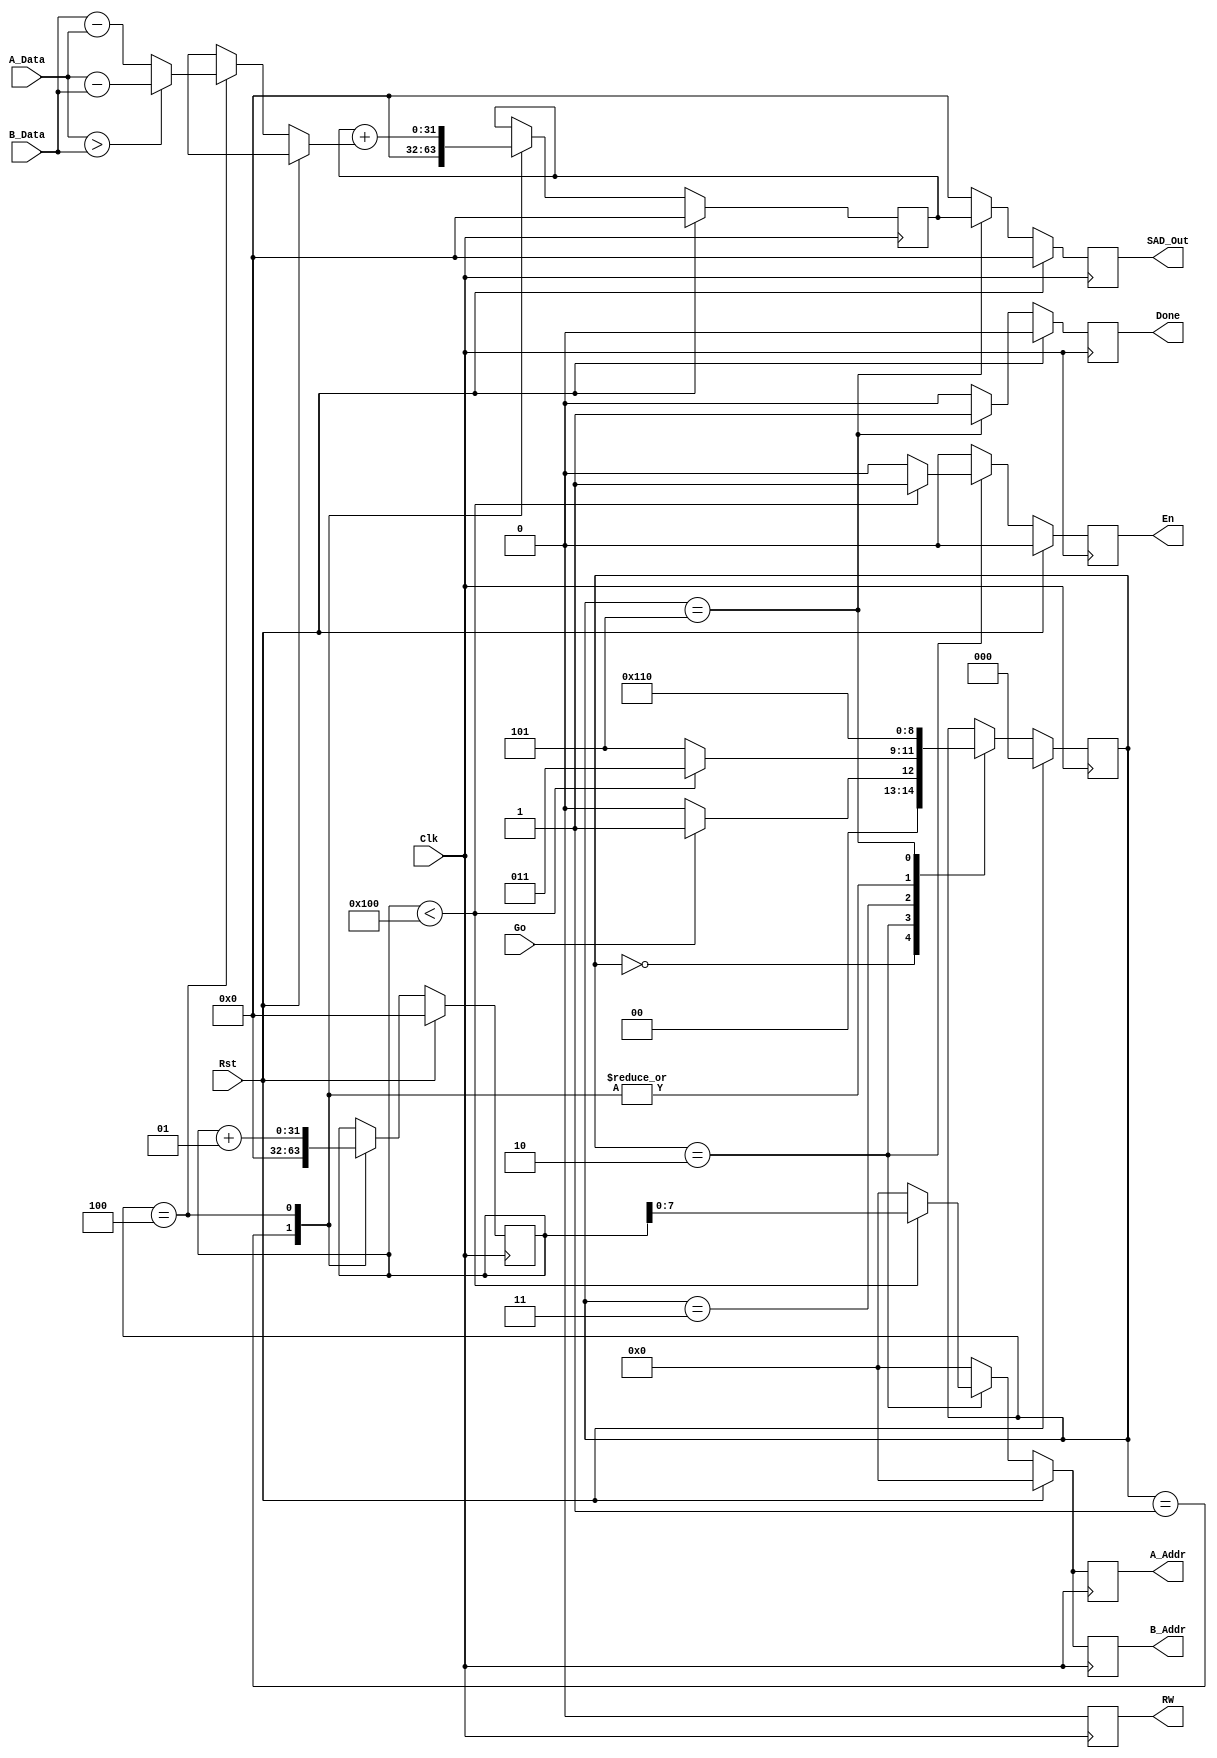
// ***********************************************************************
// TITLE       : SAD Behavioral Model   
// AFFILIATION : Dept. of CS, Sookmyung Women's University 
// DESCRIPTION : SAD One-procedure model                     
// ***********************************************************************
`timescale 1 ns/1 ns
`define A_WIDTH 8
`define D_WIDTH 8

module SAD(Go, A_Addr, A_Data, 
           B_Addr, B_Data, RW, En,
           Done, SAD_Out, Clk, Rst);

   input Go;
   input [(`D_WIDTH-1):0] A_Data, B_Data;
   output reg [(`A_WIDTH-1):0] A_Addr, B_Addr;
   output reg RW, En, Done; 
   output reg [31:0] SAD_Out;
   input Clk, Rst;

   parameter S0 = 3'b000, S1 = 3'b001,
             S2 = 3'b010, S3a = 3'b011, 
	     S3 = 3'b100, S4 = 3'b101;

   reg [2:0] State;
   reg [31:0] Sum; 
   integer I;

   function [(`D_WIDTH-1):0] ABSDiff;
      input [(`D_WIDTH-1):0] A;
      input [(`D_WIDTH-1):0] B;
      begin
         if (A>B) ABSDiff = A - B;
         else ABSDiff = B - A;
      end
   endfunction

 always @(posedge Clk) begin
      if (Rst==1) begin
         A_Addr <= {`A_WIDTH{1'b0}};
         B_Addr <= {`A_WIDTH{1'b0}};
         RW <= 1'b0;
         En <= 1'b0;
	 Done <= 1'b0;
         State <= S0;
         Sum <= 32'b0;
         SAD_Out <= 32'b0;
         I <= 0;
      end
      else begin
           A_Addr <= {`A_WIDTH{1'b0}};
           B_Addr <= {`A_WIDTH{1'b0}};
	   RW <= 1'b0;
           En <= 1'b0;
	   Done <= 1'b0;
           SAD_Out <= 32'b0;
	   
	   case (State)
                S0: begin
                    if (Go==1'b1)
                      State <= S1;
                    else
                      State <= S0;
                    end
                S1: begin
                    Sum <= 32'b0;
                    I <= 0;
                    State <= S2;
                    end
                S2: begin
		    if (I<256) 
		       begin
                       	 State <= S3a;
                       	 A_Addr <= I;
                       	 B_Addr <= I;
              	       	 RW <= 1'b0;
		       	 En <= 1'b1; 
		       end 
                    else
                       State <= S4;
                    end
		S3a: 
	            State <= S3;
            	S3: begin
               	    Sum <= Sum +
                    ABSDiff(A_Data, B_Data);
               	    I <= I + 1;
               	    State <= S2;
                    end
            	S4: begin
               	    SAD_Out <= Sum;
                    Done <= 1'b1;
		    State <= S0;
            	    end
            endcase
      end
   end


endmodule